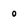
Character: o